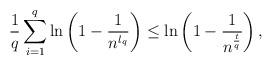
LaTeX: \begin{align*}\frac{1}{q}\sum_{i=1}^{q}\ln\left(1-\frac{1}{n^{l_q}}\right)\leq\ln\left(1-\frac{1}{n^{\frac{t}{q}}}\right),\end{align*}